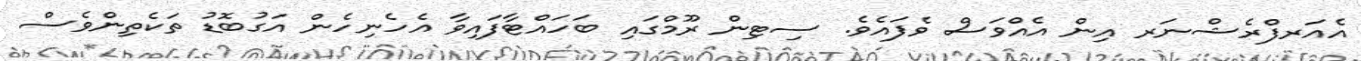
އެއަރފްރެޝްނަރ އިން އެއްވަސް ވެފައެވެ. ސިޓިން ރޫމްގައި ބަހައްޓާފައިވާ އެހެނިހެން އަގުބޮޑު ތަކެތިންވެސް